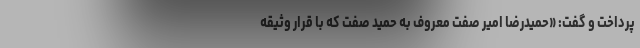
پرداخت و گفت: «حمیدرضا امیر صفت معروف به حمید صفت که با قرار وثیقه